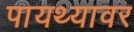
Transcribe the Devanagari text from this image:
पायथ्यावर